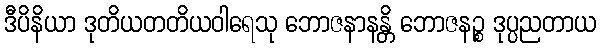
ဒီပိနိယာ ဒုတိယတတိယဝါရေသု ဘောဇနာနန္တိ ဘောဇနဉ္စ ဒုပ္ပညတာယ